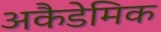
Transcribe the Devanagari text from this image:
अकैडेमिक